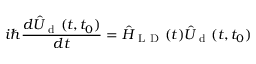
i \hbar \frac { d \hat { U } _ { \mathrm { ~ d ~ } } ( t , t _ { 0 } ) } { d t } = \hat { H } _ { \mathrm { ~ L ~ D ~ } } ( t ) \hat { U } _ { \mathrm { ~ d ~ } } ( t , t _ { 0 } )